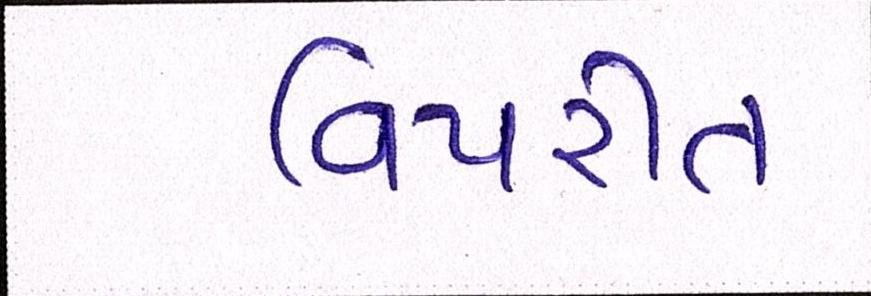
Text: વિપરીત